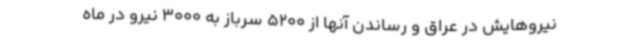
نیروهایش در عراق و رساندن آنها از 5200 سرباز به 3000 نیرو در ماه